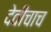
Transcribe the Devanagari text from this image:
देवीचाच